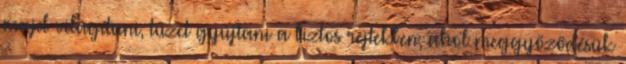
majd világítani, tüzet gyújtani a biztos rejtekben, ahol meggyőződésük